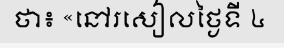
ថា៖ «នៅរសៀលថ្ងៃទី ៤